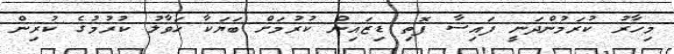
މިހާރު ކުރަމުންދަނީ ފައިސާ ފޮތި ޑިޒައިން ކުރުމަށް ބަޔަކާ ހަވާލު ކުރުމުގެ ކުރިން